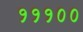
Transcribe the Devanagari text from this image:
१११००